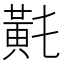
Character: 𪎴